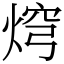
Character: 焪